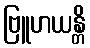
ဗြူဟယန္တိ